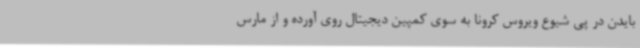
بایدن در پی شیوع ویروس کرونا به سوی کمپین دیجیتال روی آورده و از مارس